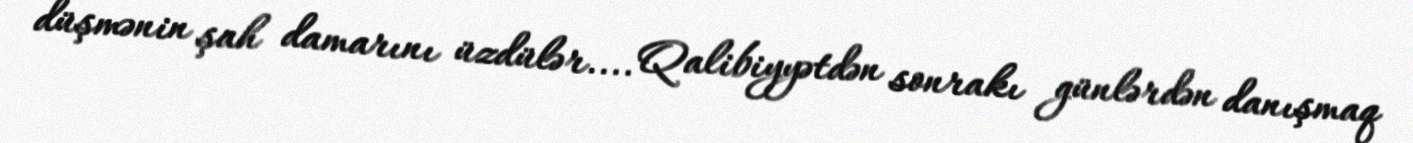
düşmənin şah damarını üzdülər.... Qalibiyyətdən sonrakı günlərdən danışmaq